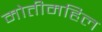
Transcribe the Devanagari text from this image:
मोतीमहिल